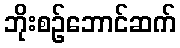
ဘိုးစဉ်ဘောင်ဆက်